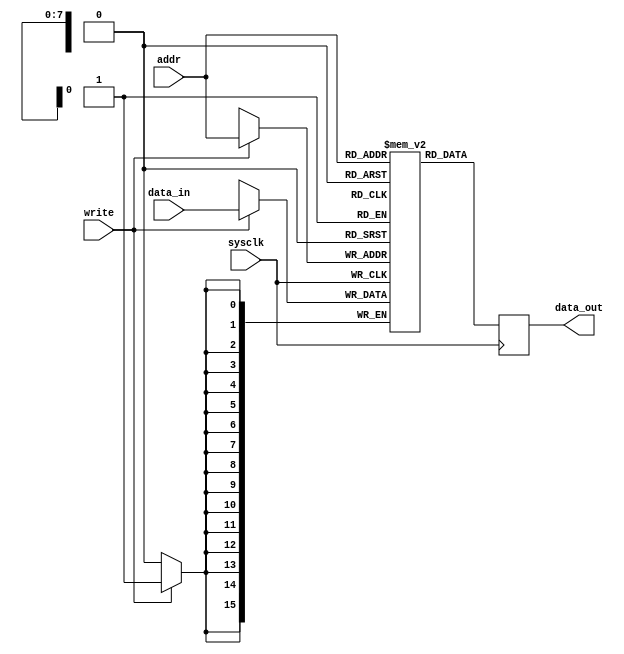
module ram(input wire sysclk,
input wire write,
input wire [7:0] addr,
input wire [15:0] data_in,
output reg [15:0] data_out);

reg [15:0] mem [255:0];

always @(posedge sysclk) begin
	if (write) mem[addr] <= data_in;
	data_out<=mem[addr];
end

endmodule